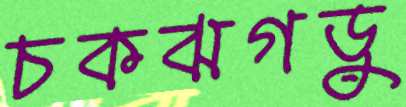
চকঝগড়ু